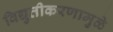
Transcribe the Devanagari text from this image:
विद्युतीकरणामुळे